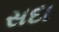
સદા